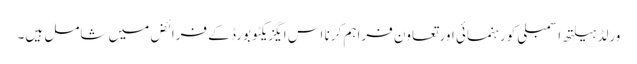
ورلڈ ہیلتھ اسمبلی کو رہنمائی اور تعاون فراہم کرنا اس ایگزیکٹو بورڈ کے فرائض میں شامل ہیں۔